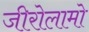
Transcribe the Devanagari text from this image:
जीरोलामो